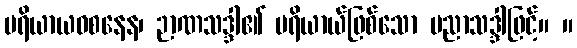
ပရိယာယဝစနေန၊ ဉာဏသဒ္ဒါ၏ ပရိယာယ်ဖြစ်သော ပညာသဒ္ဒါဖြင့်။ ။